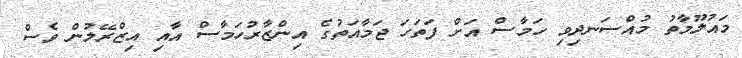
މައުލޫމާތު މުއްސަނދިވި ހަމާސް އަށް ފަތަހަ ޖަމާއަތުގެ އިންޒާރުހަމާސް އާއި އިޒްރޭލުން ވެސް